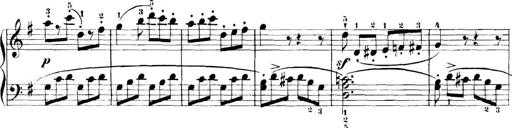
Title: 11 Sonatinas
Composer: Anton Diabelli